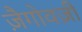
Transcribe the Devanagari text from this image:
ज़ैगोवज़ी